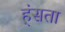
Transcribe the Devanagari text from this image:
ह्ंसता